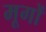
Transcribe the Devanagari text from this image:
मूगों